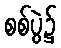
စစ်ပွဲ၌